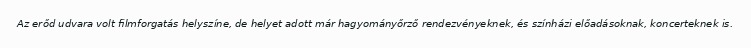
Az erőd udvara volt filmforgatás helyszíne, de helyet adott már hagyományőrző rendezvényeknek, és színházi előadásoknak, koncerteknek is.